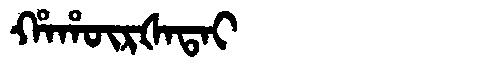
Manchu: ᡥᠠᡥᡡᡵᡧᠠᡨᠠᡳ
Romanization: HAHŪRŠATAI